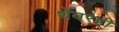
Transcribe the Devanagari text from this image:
थेंबरही